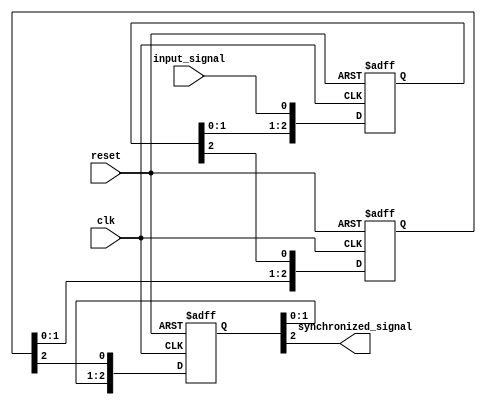
module synchronizer (
    input wire reset,
    input wire clk,
    input wire input_signal,
    output reg synchronized_signal
);

reg [2:0] flip_flop1, flip_flop2, flip_flop3;

always @(posedge clk or posedge reset) begin
    if (reset) begin
        flip_flop1 <= 3'b0;
        flip_flop2 <= 3'b0;
        flip_flop3 <= 3'b0;
    end else begin
        flip_flop1 <= {flip_flop1[1:0], input_signal};
        flip_flop2 <= {flip_flop2[1:0], flip_flop1[2]};
        flip_flop3 <= {flip_flop3[1:0], flip_flop2[2]};
    end
end

assign synchronized_signal = flip_flop3[2];

endmodule